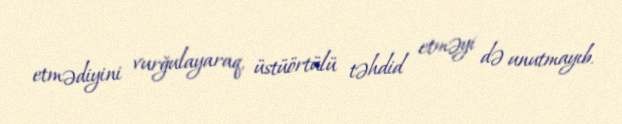
etmədiyini vurğulayaraq, üstüörtülü təhdid etməyi də unutmayıb.